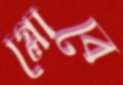
গ্লোবে